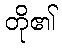
တို၏